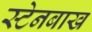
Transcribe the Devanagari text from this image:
स्टेनबाख